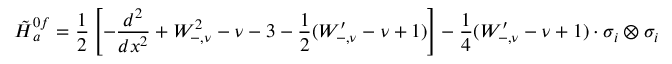
\tilde { H } { } _ { a } ^ { 0 f } = \frac { 1 } { 2 } \left[ - \frac { d ^ { 2 } } { d x ^ { 2 } } + W _ { - , \nu } ^ { 2 } - \nu - 3 - \frac { 1 } { 2 } ( W _ { - , \nu } ^ { \prime } - \nu + 1 ) \right] - \frac { 1 } { 4 } ( W _ { - , \nu } ^ { \prime } - \nu + 1 ) \cdot \sigma _ { i } \otimes \sigma _ { i }